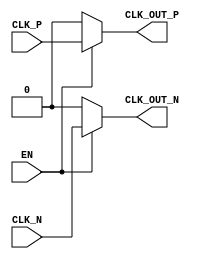
module differential_clock_buffer (
    input wire CLK_P,          // Positive clock input
    input wire CLK_N,          // Negative clock input
    input wire EN,            // Enable signal
    output wire CLK_OUT_P,     // Positive clock output
    output wire CLK_OUT_N      // Negative clock output
);

// Internal signals for clock outputs
wire clk_out_p_int;
wire clk_out_n_int;

// Buffering logic
// The enable signal controls whether the clock inputs are passed to outputs
assign clk_out_p_int = EN ? CLK_P : 1'b0; // Drive CLK_OUT_P based on enable
assign clk_out_n_int = EN ? CLK_N : 1'b0; // Drive CLK_OUT_N based on enable

// Output assignments
assign CLK_OUT_P = clk_out_p_int;
assign CLK_OUT_N = clk_out_n_int;

endmodule